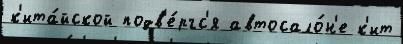
к'ита́йской подв'е́ргс'я автосало́н'е к'ит